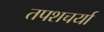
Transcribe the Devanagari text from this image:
तपशचर्या